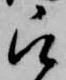
被